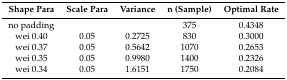
| Shape Para | Scale Para | Variance | n (Sample) | Optimal Rate |
 | --- | --- | --- | --- | --- |
 | no padding |  |  | 375 | 0.4348 |
 | wei 0.40 | 0.05 | 0.2725 | 830 | 0.3000 |
 | wei 0.37 | 0.05 | 0.5642 | 1070 | 0.2653 |
 | wei 0.35 | 0.05 | 0.9980 | 1400 | 0.2326 |
 | wei 0.34 | 0.05 | 1.6151 | 1750 | 0.2084 |